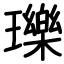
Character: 瓅